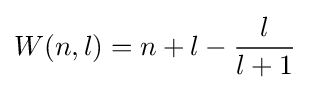
W(n,l)=n+l-{\frac {l}{l+1}}